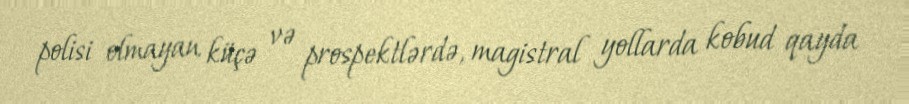
polisi olmayan küçə və prospektlərdə, magistral yollarda kobud qayda